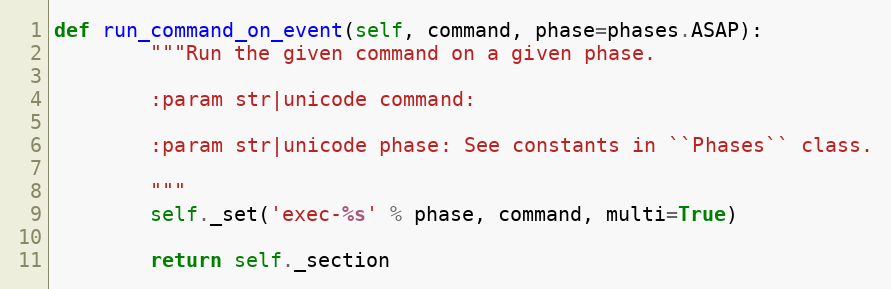
Language: Python
def run_command_on_event(self, command, phase=phases.ASAP):
        """Run the given command on a given phase.

        :param str|unicode command:

        :param str|unicode phase: See constants in ``Phases`` class.

        """
        self._set('exec-%s' % phase, command, multi=True)

        return self._section